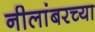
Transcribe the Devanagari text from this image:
नीलांबरच्या